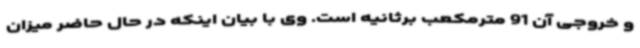
و خروجی آن 91 مترمکعب برثانیه است. وی با بیان اینکه در حال حاضر میزان